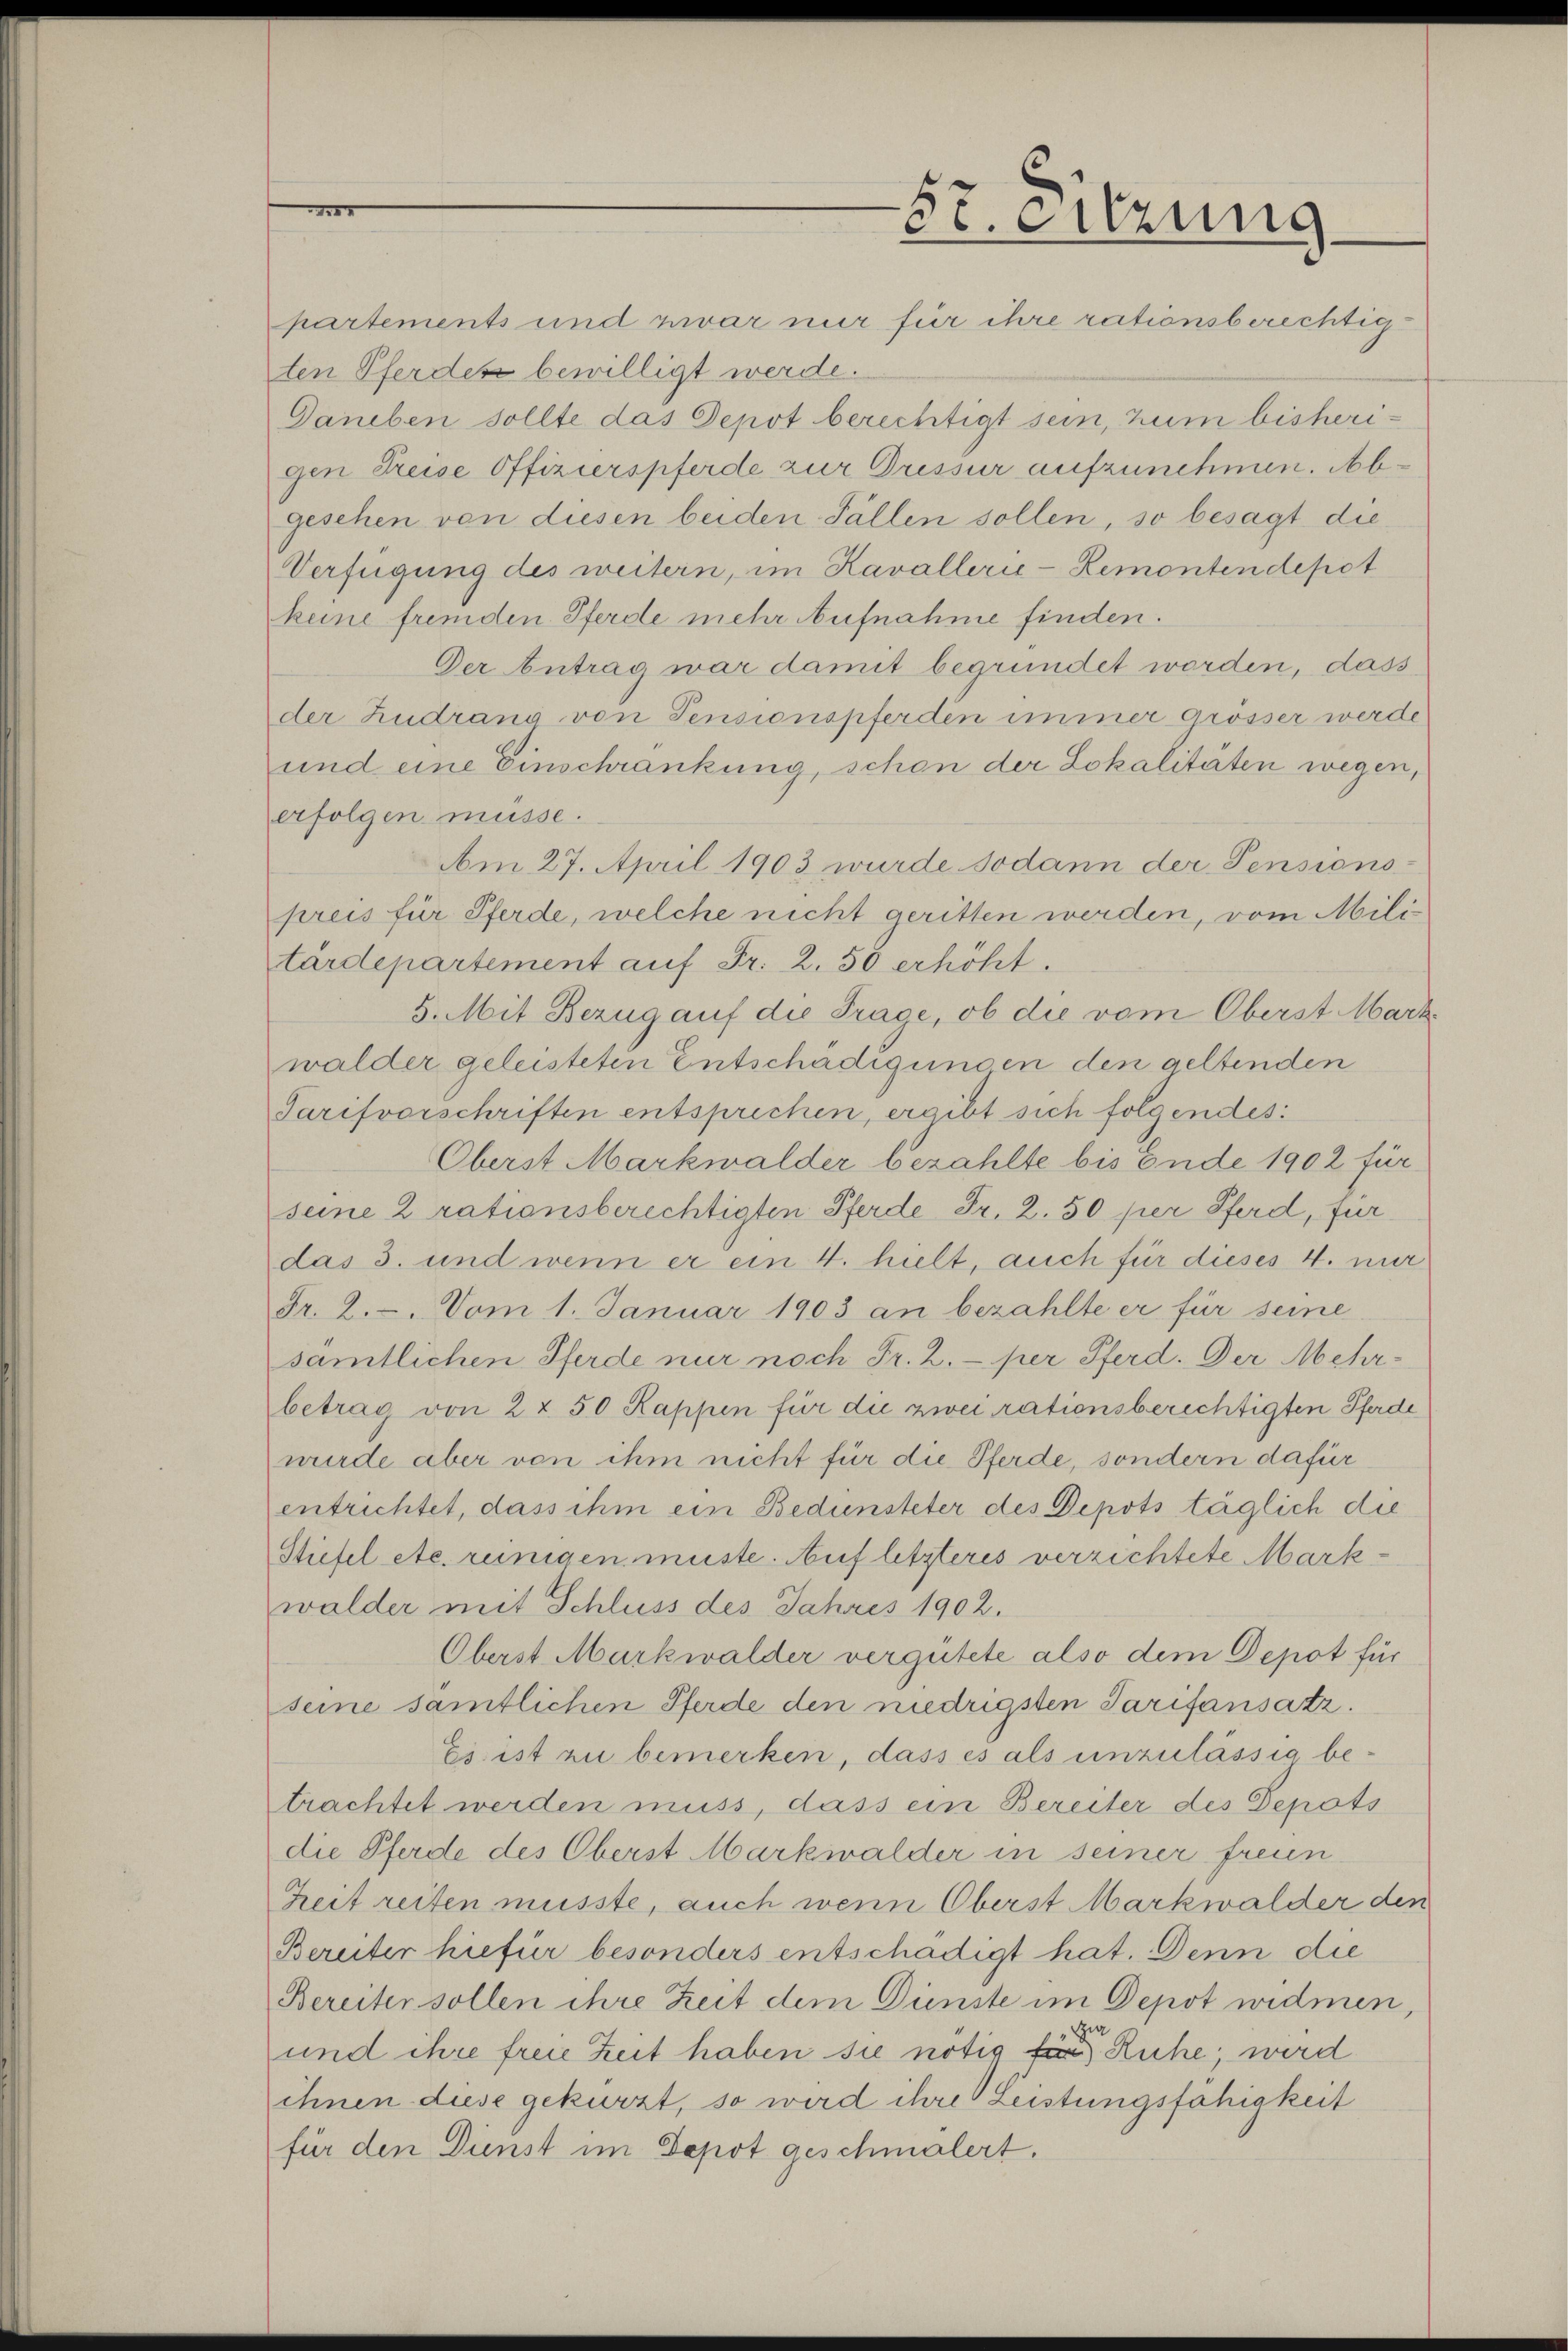
5t. Sitzung

partements und zwar nur für ihre rationsberechtigten Pferden bewilligt werde.
Daneben sollte das Depot berechtigt sein, zum bisherigen Preise Offizierspferde zur Drissur aufzunehmen. Abgesehen von diesen beiden Fällen sollen, so besagt die¬
Verfügung des weitern, im Kavallerie-Remontendepot
keine fremden Pferde mehr Aufnahme finden.
Der Antrag war damit begründet worden, dass
der Zudrang von Pensionspferden immer grösser werde
und eine Einschränkung, schon der Lokalitäten wegen,
erfolgen müsse.
Am 27. April 1903 wurde sodann der Pensionspreis für Pferde, welche nicht geritten werden, vom Mili
tärdepartement auf Fr. 2. 50 erhöht.
5. Mit Bezug auf die Trage, ob die vom Oberst Mark
walder geleisteten Entschädigungen den geltenden
Tarifvorschriften entsprechen, ergibt sich folgendes:
Oberst Markwalder bezahlte bis Ende 1902 für
seine 2 rationsberechtigten Pferde Fr. 2. 50 per Pferd, für
das 3. und wenn er ein 4. hielt, auch für dieses 4. nur
Fr. 2. Vom 1. Januar 1903 an bezahlte er für seine
sämtlichen Pferde nur noch Fr. 2. per Pferd. Der Mehr-
betrag von 2 & 50 Kappen für die zwei rationsberichtigten Pferde
wurde aber von ihm nicht für die Pferde, sondern dafür
entrichtet, dass ihm ein Bedinsteter des Depots täglich die
Stiefel etc. reinigen müste. Auf letzteres verzichtete Markwalder mit Schluss des Jahres 1902.
Oberst Markwalder vergütete also dem Depot für
seine samtlichen Pferde den niedrigsten Tarifansatz.
Es ist zu bemerken, dass es als unzulässig betrachtet werden muss, dass ein Bereiter des Depots
die Pferde des Oberst Markwalder in seiner freun
Zeit reiten müsste, auch wenn Oberst Markwalder den
Bereiter hiefür besonders entschädigt hat. Denn die
Bereiter sollen ihre Zeit dem Dünste im Depot widmen,
zig
und ihre freie Zeit haben sie nötig für Ruhe, wird
ihnen diese gekürzt, so wird ihre Leistungsfähigkeit
für den Dunst im Popot geschmälert.